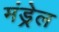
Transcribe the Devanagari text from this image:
मंड्रेल